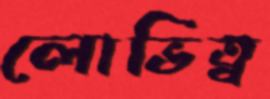
লোভিত্ব